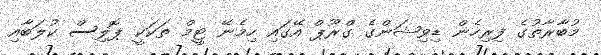
މުބާރާތުގެ ފިރިހެން ޑިވިޝަންގެ ގްރޫޕް އޭގައި ހިމެނޭ ޓީމް ތަކަކީ ޕޮލިސް ކުލަބާއި